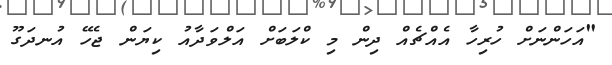
"އަހަންނަށް ހުރިހާ އެއްޗެއް ދިން މި ކްލަބަށް އަލްވަދާއު ކިޔަން ޖެހޭ އުނދަގޫ